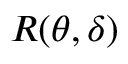
R ( \theta , \delta )